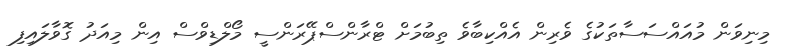
މިނިވަން މުއައްސަސާތަކުގެ ވެރިން އެއްކިބާވެ ތިބުމަށް ޓްރާންސްޕޭރަންސީ މޯލްޑިވްސް އިން މިއަދު ގޮވާލައިފި